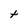
Character: t